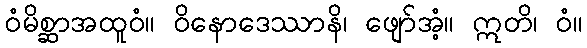
ဝံမိစ္ဆာအထူဝံ။ ဝိနောဒေဿာနိ၊ ဖျော်အံ့။ ဣတိ၊ ဝံ။